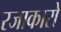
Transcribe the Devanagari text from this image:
रजाकारो